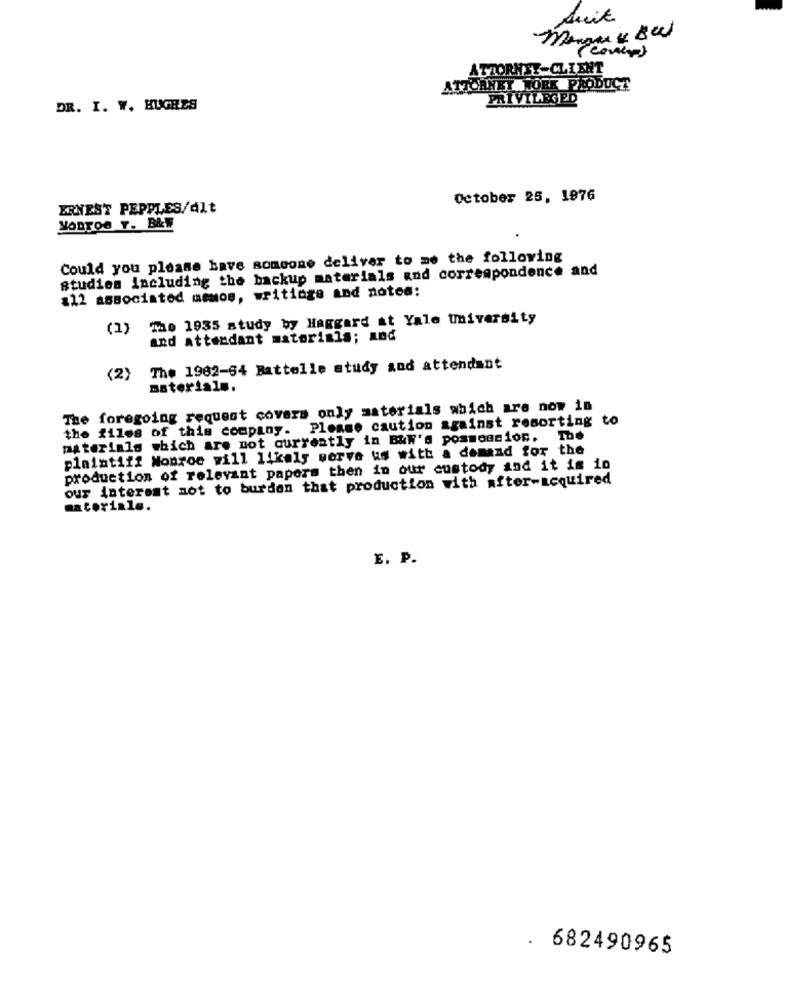
suit
ATTORNEY-CLIENT
MICANET WORK PRODUCT
PRIVILEGED
DR. I. W. HUGHES
October 25, 1876
ERNEST PEPPLES/Alt
MODTOG Y. B&W
Could you please have someone deliver to me the following
studies Including the backup materials and correspondence and
112 associated memos, writinge and notea:
(1) The 1935 study by Haggard at Yale tmivarsity
and attendant materials; and
The 1962-64 Battelle study and attendant
(2)
materials.
The foregoing request covers only materials which are now in
the files of this company. Please caution against resorting to
materials which are not currently in B&N's posmogsion. The
plaintiff Monroe will likely werve us with a demand for the
production of relevant papers then in our custody and it is in
our interest not to burden that production with after-acquired
materiale.
E. P.
. 682490965